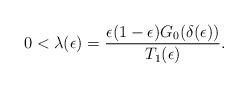
LaTeX: \begin{align*} 0<\lambda(\epsilon)=\frac{\epsilon(1-\epsilon)G_0(\delta(\epsilon))}{T_1(\epsilon)}.\end{align*}